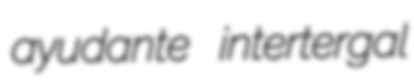
ayudante intertergal